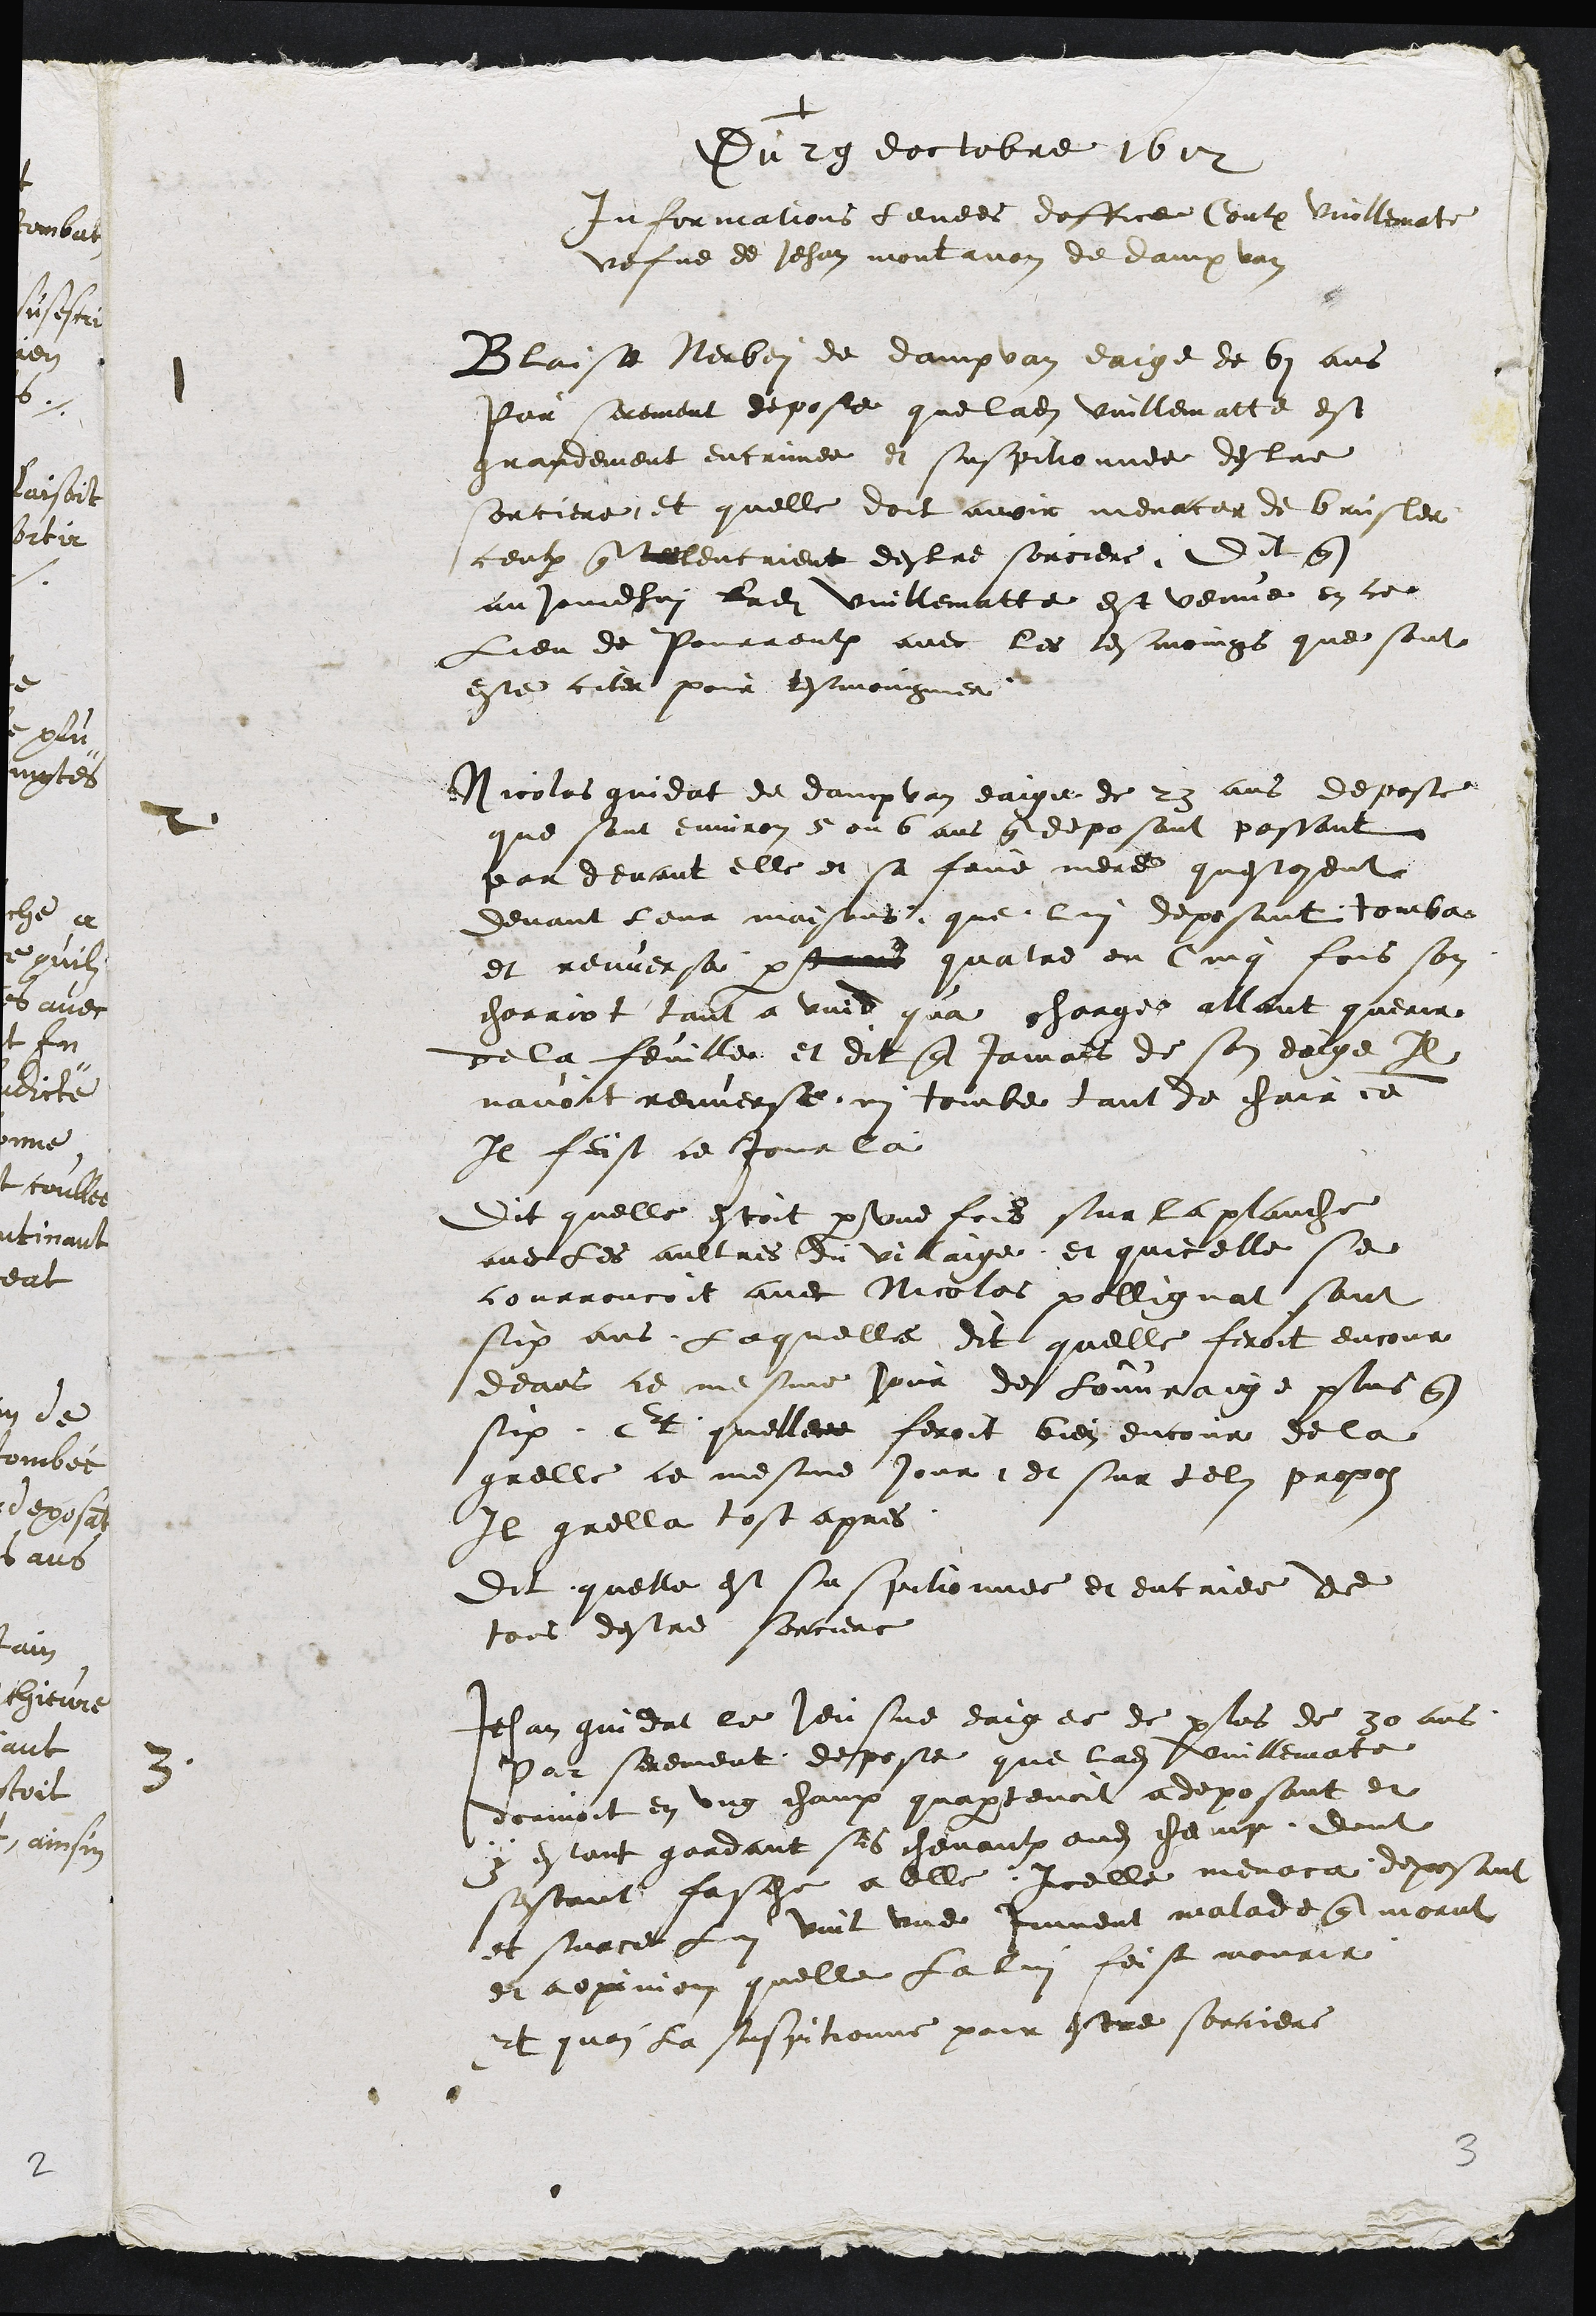
+
Du 29 doctobre 1612
Informations levees doffice Contre Vuillematte
vefve de Jehan montavon de dampvan
1
Blaise Nerbey de dampvan eaige de 61 ans
Par serement depose que ladite Vuillematte est
grandement encrimee et suspitionnee destre
sorciere et quelle doit avoir menacer de brusler
ceulx que tellencrient destre sorciere. Dit que
aujourdhui ladite Vuillematte est venue en ce
Lieu de Pourrentruy avec les tesmoings que sont
este citer pour tesmoingnier
2
Nicolas gindat de dampvan eaige de 23 ans depose
que sont environ 5 ou 6 ans que deposant passant
par devant elle et sa feue mere questoyent
devant leur maisons que lui deposant tomba
et renversa part trois quatre ou cinq fois son
charriot tant a vuid qua charge allant querir
de la feuille et dit que jamais de son eaige Il
navoit renverse ni tombe tant de chair comme
Il feist ce jour la
Dit quelle estoit par une fois sur la planche
avec les aultres du vilaige et quicelle se
courroucoit avec Nicolas pollignat sont
six ans laquelle dit quelle feroit encour
deans ce mesme jour de louvraige plus que
six Et quelle feroit bien encour de la
grelle ce mesme jour, et sur tels propos
Il grella tost apres
Dit quelle est suspitionnee et encriee de
tous destre sorciere
3
Jehan gindat le Jeusne eaige de plus de 30 ans
Par serement depose que ladite Vuillemate
dormoit en ung champ quapartenoit a deposant et
y estant gardant ses chevaulx audit champ dont
sestant fasche a elle Icelle menaca deposant
et surce lui vint une jument malade que morut
et a opinion quelle la lui feist mourir
et quon la suspitionne pour estre sorciere

3